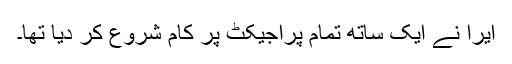
ایرا نے ایک ساتھ تمام پراجیکٹ پر کام شروع کر دیا تھا۔